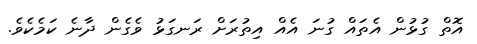
އޮތް ގުޅުން އެތައް ގުނަ އެއް އިތުރަށް ރަނގަޅު ވެގެން ދާނެ ކަމެކެވެ.